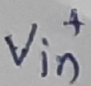
Text: +VIN